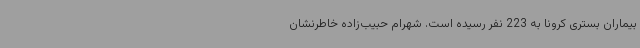
بیماران بستری کرونا به 223 نفر رسیده است. شهرام حبیب‌زاده خاطرنشان